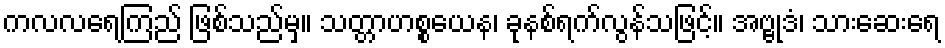
ကလလရေကြည် ဖြစ်သည်မှ။ သတ္တာဟစ္စယေန၊ ခုနစ်ရက်လွန်သဖြင့်။ အဗ္ဗုဒံ၊ သားဆေးရေ